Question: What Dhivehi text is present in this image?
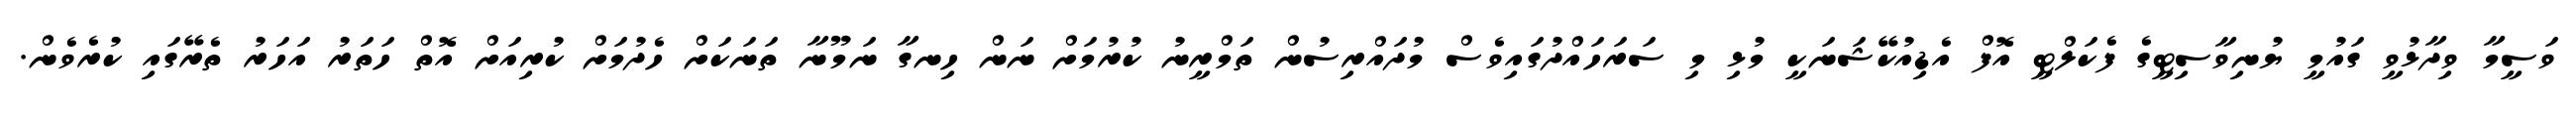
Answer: ވަސީމާ ވިދާޅުވީ ގައުމީ ޔުނިވާސިޓީގެ ފެކަލްޓީ އޮފް އެޑިއުކޭޝަނަކީ މުޅި މި ސަރަހައްދުގައިވެސް މުދައްރިސުން ތަމްރީނު ކުރުމަށް ނަން ހިނގާ ނަމޫނާ ތަނަކަށް ހެދުމަށް ކުރިއަށް އޮތް ހަތަރު އަހަރު ތެރޭގައި ކުރެވެން.